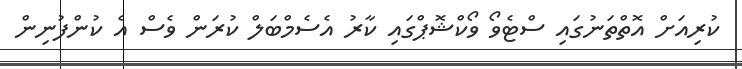
ކުރިއަށް އޮތްތަނުގައި ސްޓެވޯ ވޯކްޝޮޕްގައި ކާރު އެސެމްބަލް ކުރަން ވެސް އެ ކުންފުނިން